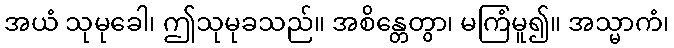
အယံ သုမုခေါ၊ ဤသုမုခသည်။ အစိန္တေတွာ၊ မကြံမူ၍။ အသ္မာကံ၊